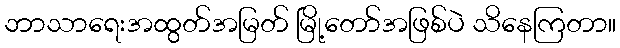
ဘာသာရေးအထွတ်အမြတ် မြို့တော်အဖြစ်ပဲ သိနေကြတာ။